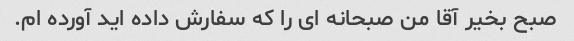
صبح بخیر آقا من صبحانه ای را که سفارش داده اید آورده ام.